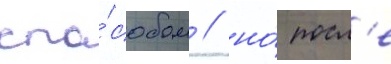
спо́собом / но́ посл'е